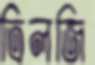
ত্রিলজি